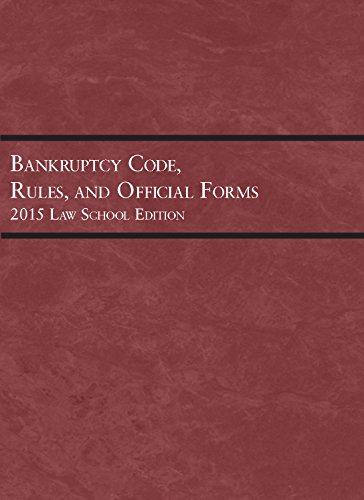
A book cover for Bankruptcy Code, Rules, and Official Forms, 2015 Law School Edition (Selected Statutes); Publishers Editorial Staff Editorial Staff; Law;